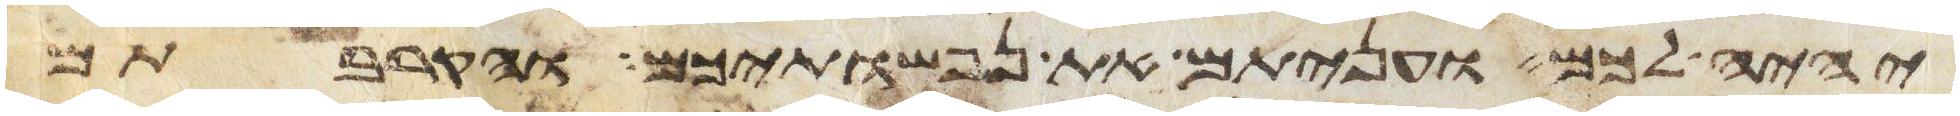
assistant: יהיה לכם ועניתם את נפשתיכם והקרבתם